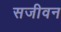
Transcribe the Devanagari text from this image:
सजीवन